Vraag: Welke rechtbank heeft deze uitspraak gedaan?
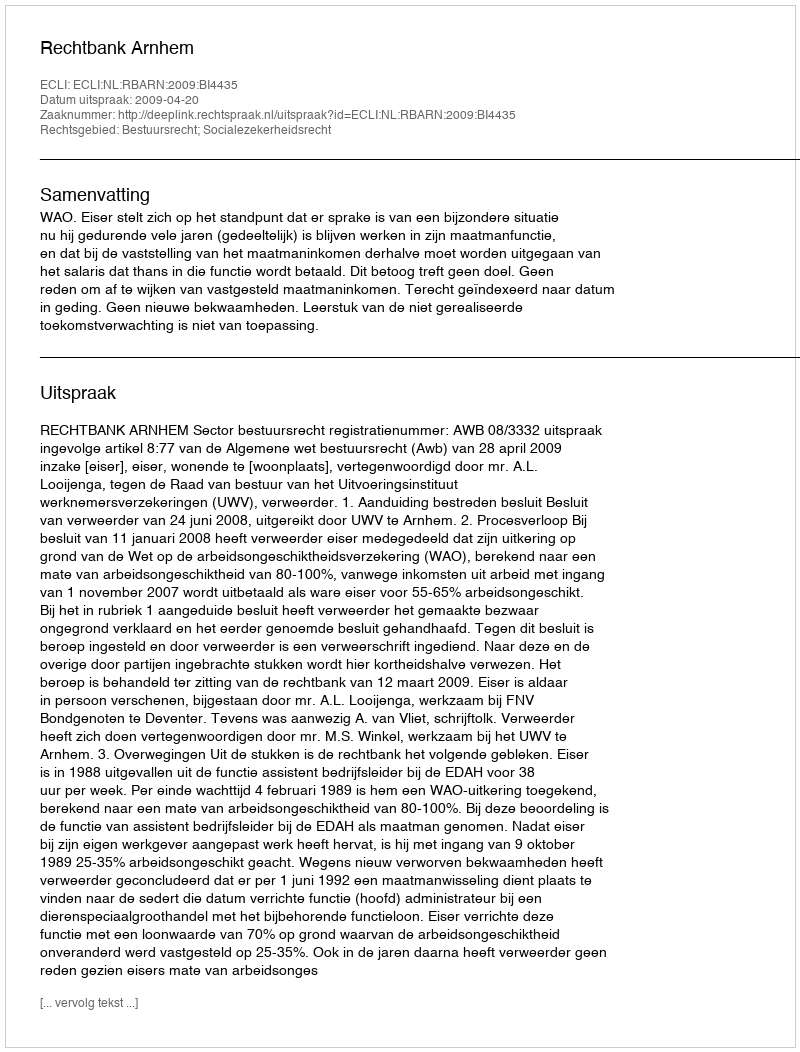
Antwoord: Rechtbank Arnhem